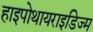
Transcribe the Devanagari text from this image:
हाइपोथायराइडिज्म